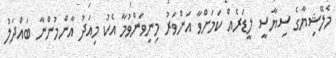
މެލޭޝިޔާގެ ސިޔާސީ ލީޑަރެއް ކަމަށްވާ އަންވަރު މިނިވަންވުމާ އެކު މިއަދު އާންމުންނާ ބައްދަލު